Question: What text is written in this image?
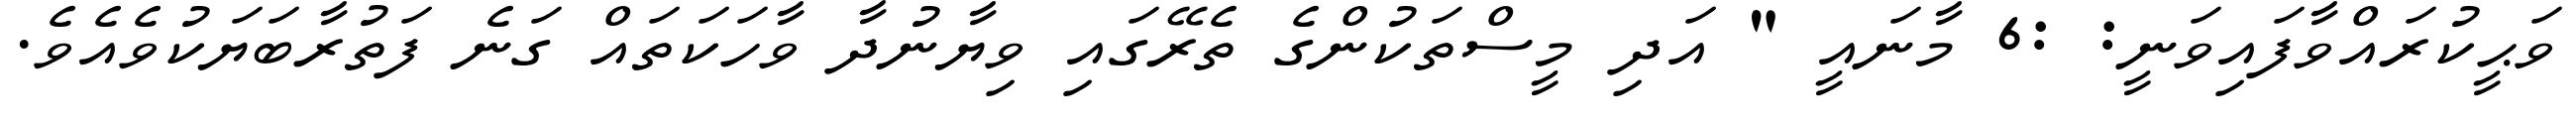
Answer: ވަޙީކުރައްވާފައިވަނީ: :6 މާނައީ " އަދި މީސްތަކުންގެ ތެރޭގައި ވިޔާނުދާ ވާހަކަތައް ގަނެ ފަތުރާބަޔަކުވެއެވެ.